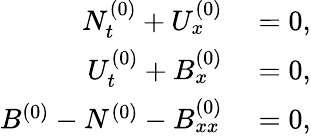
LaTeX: \begin{array}{rl}{N_{t}^{(0)}+U_{x}^{(0)}}&{{}=0,}\\ {U_{t}^{(0)}+B_{x}^{(0)}}&{{}=0,}\\ {B^{(0)}-N^{(0)}-B_{xx}^{(0)}}&{{}=0,}\end{array}